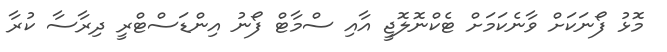
މޮޅު ފޯނަކަށް ވާނެކަމަށް ޓެކްނޮލޮޖީ އާއި ސްމާޓް ފޯނު އިންޑަސްޓްރީ ދިރާސާ ކުރާ